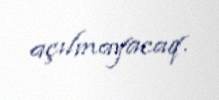
açılmayacaq.